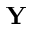
\mathbf { Y }